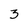
Character: 3